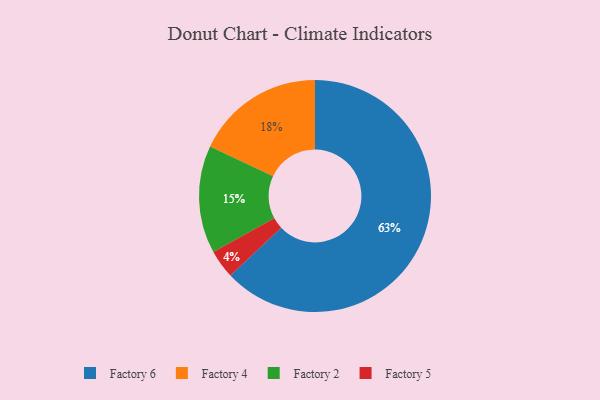
{"axis": {"x": "Category", "y": "Percentage"}, "legend": ["Factory 2", "Factory 4", "Factory 5", "Factory 6"], "data": [{"x": "Factory 5", "y": 4, "type": "Factory 5"}, {"x": "Factory 4", "y": 18, "type": "Factory 4"}, {"x": "Factory 2", "y": 15, "type": "Factory 2"}, {"x": "Factory 6", "y": 63, "type": "Factory 6"}]}